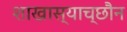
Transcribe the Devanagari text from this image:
शाखास्याच्छौन